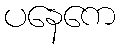
ပနေကေ